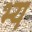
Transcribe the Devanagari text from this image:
भ्य